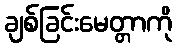
ချစ်ခြင်းမေတ္တာကို